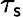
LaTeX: \tau_{\mathsf{s}}